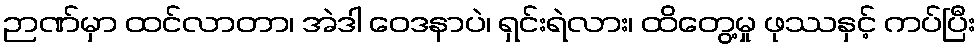
ဉာဏ်မှာ ထင်လာတာ၊ အဲဒါ ဝေဒနာပဲ၊ ရှင်းရဲလား၊ ထိတွေ့မှု ဖုဿနှင့် ကပ်ပြီး